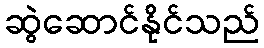
ဆွဲဆောင်နိုင်သည်